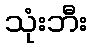
သုံးဘီး